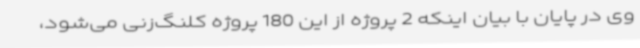
وی در پایان با بیان اینکه 2 پروژه از این 180 پروژه کلنگ‌زنی می‌شود،